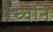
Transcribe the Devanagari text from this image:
घ्वनि